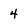
Character: 4